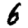
Digit: 6